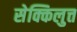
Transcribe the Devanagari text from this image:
सेक्किलुत्त